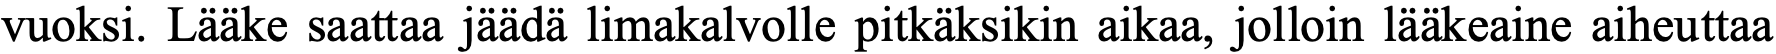
vuoksi. Lääke saattaa jäädä limakalvolle pitkäksikin aikaa, jolloin lääkeaine aiheuttaa